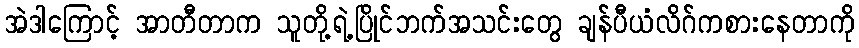
အဲဒါကြောင့် အာတီတာက သူတို့ရဲ့ပြိုင်ဘက်အသင်းတွေ ချန်ပီယံလိဂ်ကစားနေတာကို